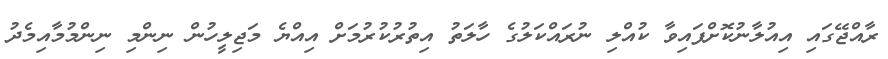
ރާއްޖޭގައި އިއުލާނުކޮށްފައިވާ ކުއްލި ނުރައްކަލުގެ ހާލަތު އިތުރުކުރުމަށް އިއްޔެ މަޖިލީހުން ނިންމި ނިންމުމާއިމެދު